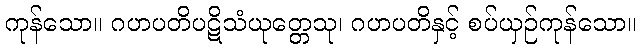
ကုန်သော။ ဂဟပတိပဋိသံယုတ္တေသု၊ ဂဟပတိနှင့် စပ်ယှဉ်ကုန်သော။